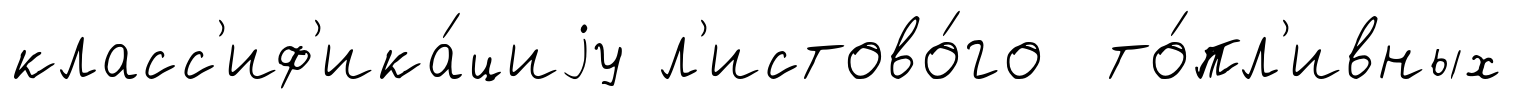
класс'иф'ика́циjу л'истово́го то́пл'ивных